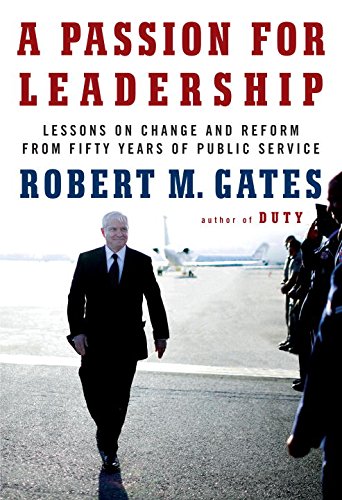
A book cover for A Passion for Leadership: Lessons on Change and Reform from Fifty Years of Public Service; Robert M Gates; Business & Money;